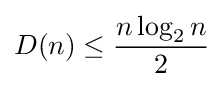
D(n)\leq {\frac {n\log _{2}n}{2}}